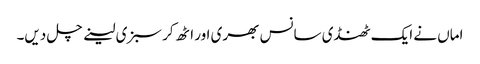
اماں نے ایک ٹھنڈی سانس بھری اور اٹھ کر سبزی لینے چل دیں۔